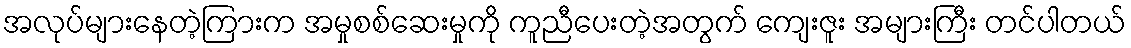
အလုပ်များနေတဲ့ကြားက အမှုစစ်ဆေးမှုကို ကူညီပေးတဲ့အတွက် ကျေးဇူး အများကြီး တင်ပါတယ်